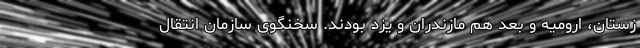
زستان، ارومیه و بعد هم مازندران و یزد بودند. سخنگوی سازمان انتقال